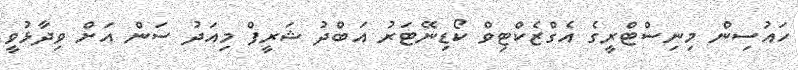
ހައުސިން މިނިސްޓްރީގެ އެގްޒެކްޓިވް ކޯޑިނޭޓަރު އަބްދު ޝަރީފް މިއަދު ސަން އަށް ވިދާޅުވީ